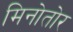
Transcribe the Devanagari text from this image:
मिनोतोर